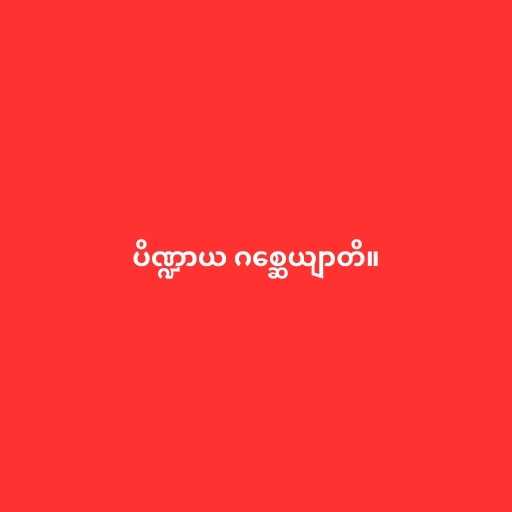
ပိဏ္ဍာယ ဂစ္ဆေယျာတိ။